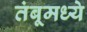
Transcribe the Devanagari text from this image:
तंबूमध्ये